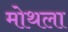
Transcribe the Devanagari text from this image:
मोथला